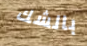
بالشك